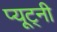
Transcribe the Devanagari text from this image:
प्यूट्नी